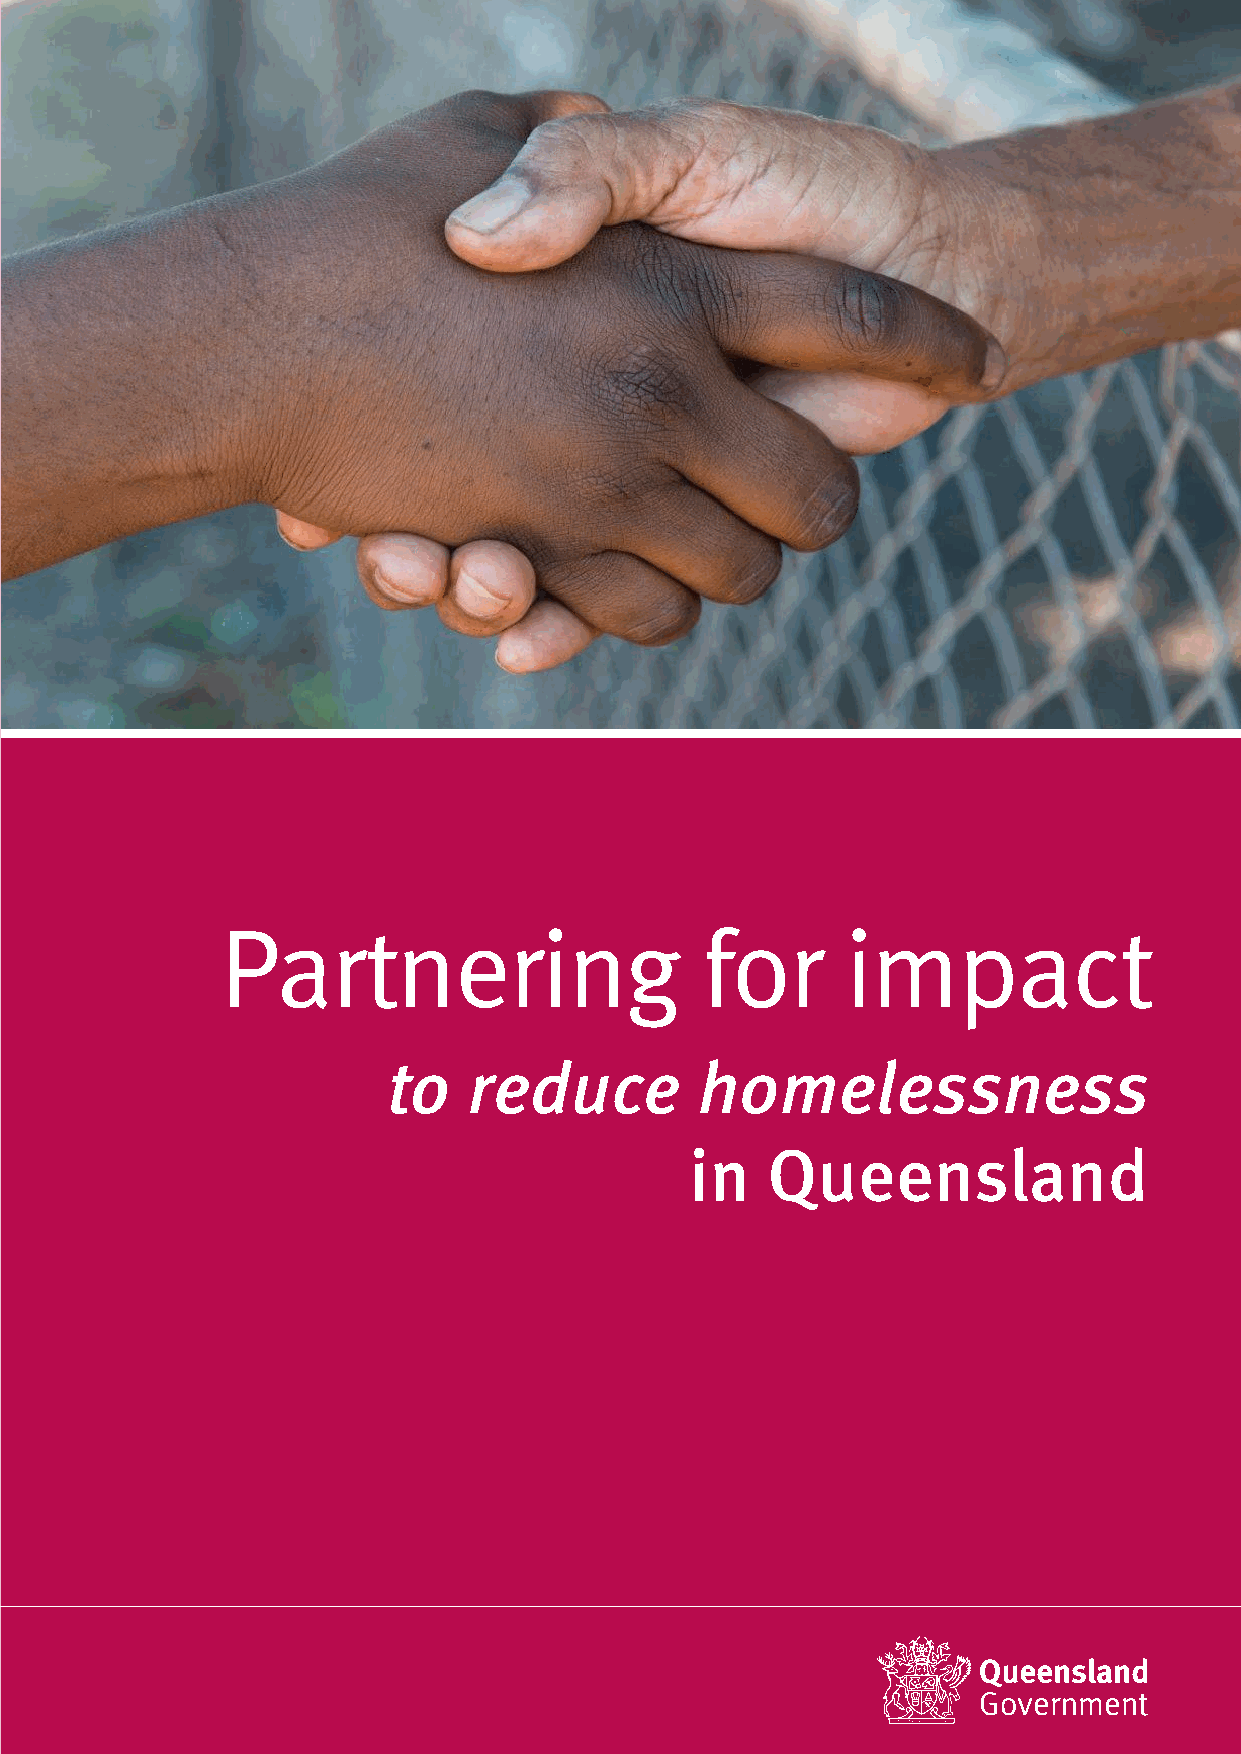
Partnering                     for       impact
 to   reduce         homelessness
 in   Queensland